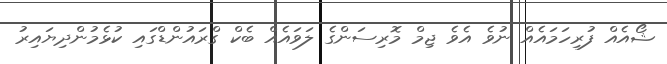
ޝޯއެއް ފުރިހަމައެއް ނުވެ އެވެ ޖިމް މޮރިސަންގެ ލަވައެއް ބެކް ގްރައުންޑްގައި ކުޅެމުންދިޔައިރު